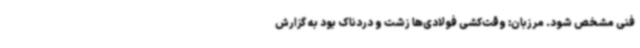
فنی مشخص شود. مرزبان: وقت‌کشی فولادی‌ها زشت و دردناک بود به گزارش